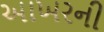
આખરની